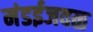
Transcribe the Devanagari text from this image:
मंडईजवळ